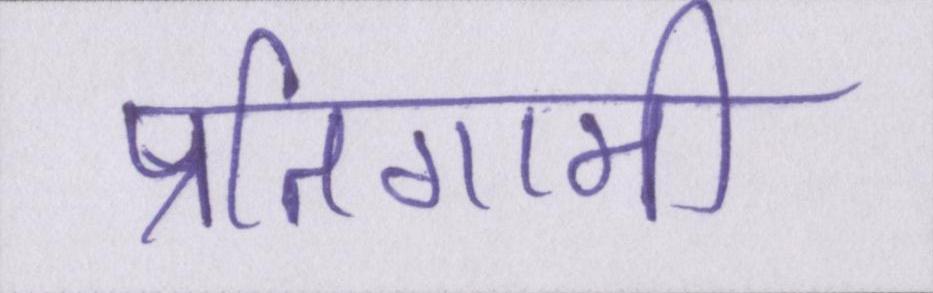
प्रतिगामी